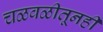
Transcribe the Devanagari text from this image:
चळवळीतूनही